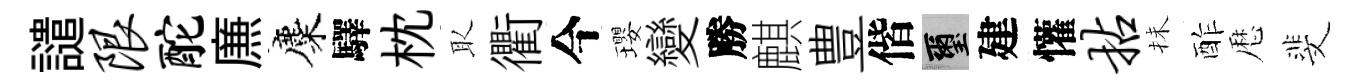
譴限酡㢘麋驛枕取衢今瓔變勝麒豊偕璽建懽拈抺酢厯斐